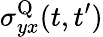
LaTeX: \sigma_{yx}^{\textrm{Q}}(t,t^{\prime})